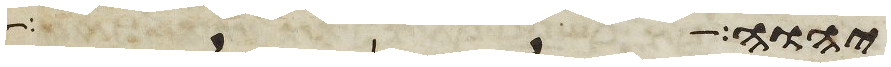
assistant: יהוה רק